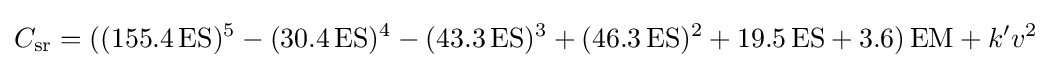
C_{\text{sr}}=((155.4\,{\text{ES}})^{5}-(30.4\,{\text{ES}})^{4}-(43.3\,{\text{ES}})^{3}+(46.3\,{\text{ES}})^{2}+19.5\,{\text{ES}}+3.6)\,{\text{EM}}+k'v^{2}